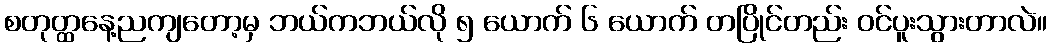
စတုတ္ထနေ့ညကျတော့မှ ဘယ်ကဘယ်လို ၅ ယောက် ၆ ယောက် တပြိုင်တည်း ဝင်ပူးသွားတာလဲ။